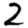
Digit: 2